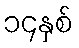
၁၄နှစ်